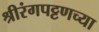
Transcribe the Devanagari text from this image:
श्रीरंगपट्टणच्या